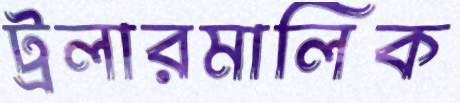
ট্রলারমালিক